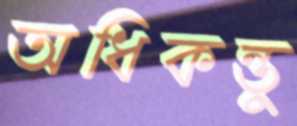
অধিকন্তু